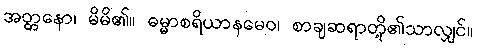
အတ္တနော၊ မိမိ၏။ ဓမ္မာစရိယာနမေဝ၊ စာချဆရာတို့၏သာလျှင်။